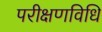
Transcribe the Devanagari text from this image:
परीक्षणविधि